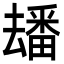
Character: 𤳗